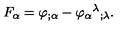
F _ { \alpha } = \varphi _ { ; \alpha } - \varphi _ { \alpha } { } ^ { \lambda } { } _ { ; \lambda } .